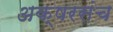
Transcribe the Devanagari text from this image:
अक्षरसंच